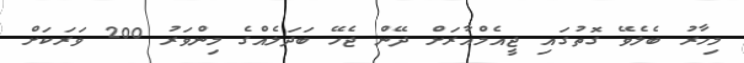
މިހާރު ބެލެވޭ ގޮތުގައި ޖީއެމްއާރަށް ދޭން ޖެހޭ ބަދަލެއްގެ މިންވަރު 200 ވަރަކަށް